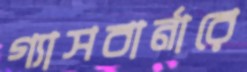
গ্যাসবার্নারে